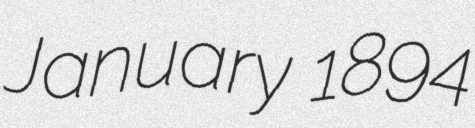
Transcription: January 1894